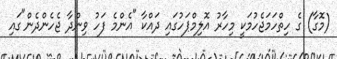
(މޮގާ) ގެ ހިތްހަމަޖެހުމަކީ މިހާރު އޮލިމްޕަހުގައި ދައްކާ "އެންމެ ފަހު ވިންދާ ޖެހެންދެން"ގައި